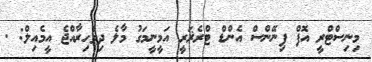
މިނިސްޓްރީ އޮފް ފިނޭންސް އެންޑް ޓްރެޜަރީ އަމީނީމަގު މާލެ ދިވެހިރާއްޖެ އީމެއިލް: .